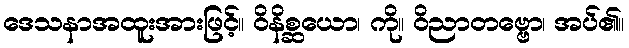
ဒေသနာအထူးအားဖြင့်။ ဝိနိစ္ဆယော၊ ကို။ ဝိညာတဗ္ဗော၊ အပ်၏။